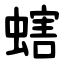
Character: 螛